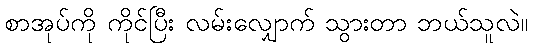
စာအုပ်ကို ကိုင်ပြီး လမ်းလျှောက် သွားတာ ဘယ်သူလဲ။